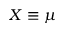
X \equiv \mu